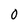
Character: 0